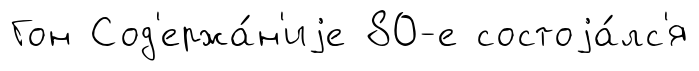
Гон Сод'ержа́н'иjе 80-е состоjа́лс'я